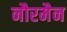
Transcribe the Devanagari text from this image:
नौरमैन